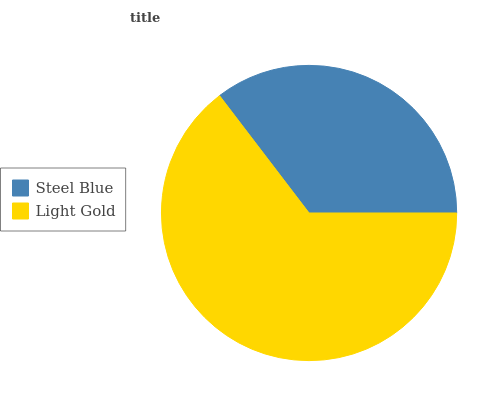
| Steel Blue | Light Gold |
 | --- | --- |
 | 35.4% | 64.6% |